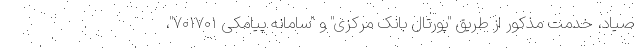
صیاد، خدمت مذکور از طریق "پورتال بانک مرکزی" و "سامانه پیامکی ۷۰۱۷۰۱"،